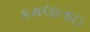
કમલાતાઇ